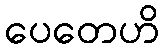
ပေတေဟိ